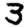
Digit: 3